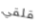
قلقي